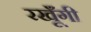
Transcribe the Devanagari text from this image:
रखूँगी